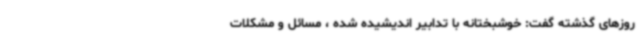
روزهای گذشته گفت: خوشبختانه با تدابیر اندیشیده شده ، مسائل و مشکلات